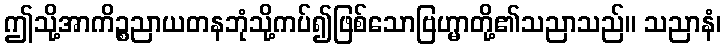
ဤသို့အာကိဉ္စညာယတနဘုံသို့ကပ်၍ဖြစ်သောဗြဟ္မာတို့၏သညာသည်။ သညာနံ၊